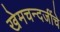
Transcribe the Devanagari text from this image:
खेमचन्दजींचे